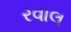
રવાલ